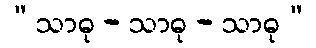
“သာဓု - သာဓု - သာဓု”